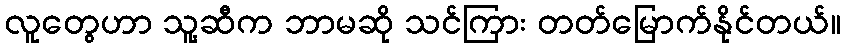
လူတွေဟာ သူ့ဆီက ဘာမဆို သင်ကြား တတ်မြောက်နိုင်တယ်။